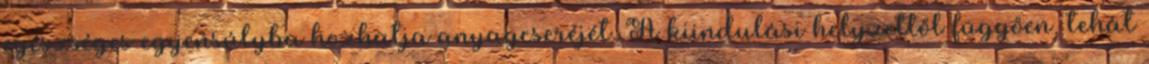
egészséges egyensúlyba hozhatja anyagcseréjét. A kiindulási helyzettől függően, tehát